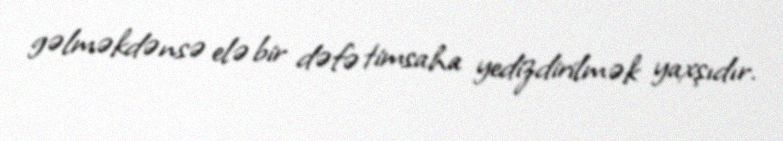
gəlməkdənsə elə bir dəfə timsaha yedizdirilmək yaxşıdır.